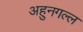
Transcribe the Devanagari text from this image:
अहुनगल्ल